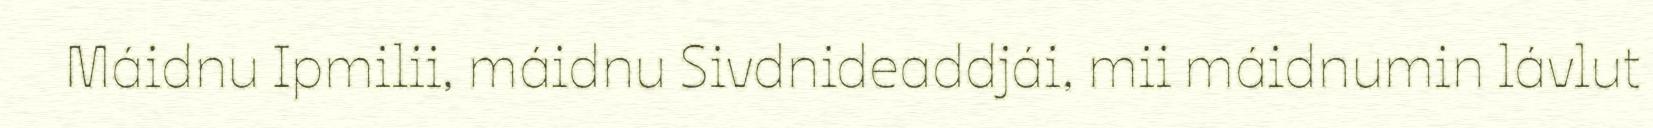
Máidnu Ipmilii, máidnu Sivdnideaddjái, mii máidnumin lávlut